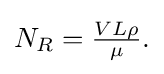
N_{R}={\tfrac {VL\rho }{\mu }}.\,\!